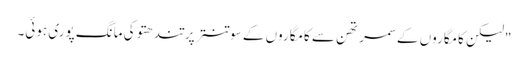
"لیکن کامگاروں کے سمرتھن سے کامگاروں کے سوتنتر پرتندھتو کی مانگ پوری ہوئی۔